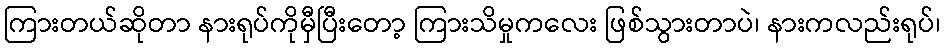
ကြားတယ်ဆိုတာ နားရုပ်ကိုမှီပြီးတော့ ကြားသိမှုကလေး ဖြစ်သွားတာပဲ၊ နားကလည်းရုပ်၊